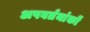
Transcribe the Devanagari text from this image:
अपवर्तनांकों